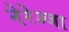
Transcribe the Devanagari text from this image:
नेरेज्जा